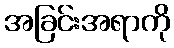
အခြင်းအရာကို